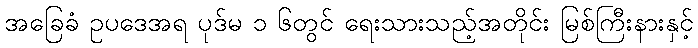
အခြေခံ ဥပဒေအရ ပုဒ်မ ၁ ၆တွင် ရေးသားသည့်အတိုင်း မြစ်ကြီးနားနှင့်